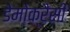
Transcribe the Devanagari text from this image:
डेमोक्रैसी